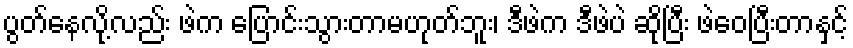
ပွတ်နေလို့လည်း ဖဲက ပြောင်းသွားတာမဟုတ်ဘူး၊ ဒီဖဲက ဒီဖဲပဲ ဆိုပြီး ဖဲဝေပြီးတာနှင့်